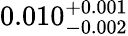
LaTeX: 0.010_{-0.002}^{+0.001}